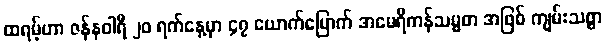
ထရမ့်ဟာ ဇန်နဝါရီ ၂၀ ရက်နေ့မှာ ၄၇ ယောက်မြောက် အမေရိကန်သမ္မတ အဖြစ် ကျမ်းသစ္စာ